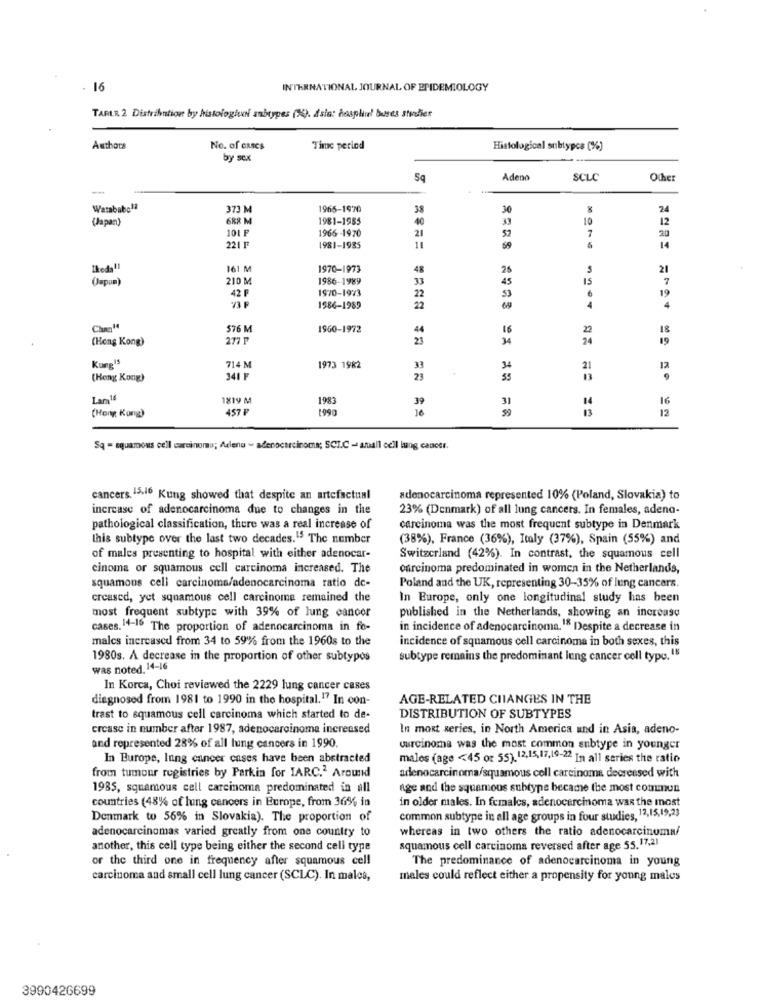
16
INTERNATIONAL JOURNAL OF EPIDEMIOLOGY
TARLR 2 Distribution by histologieal subtypes (24). dsis: hosplu' buses studier
Authors
No. of cases
Time period
Histological subtypes (%)
by sex
Sq
Adeno
SCLC
Other
-
Watababc1ª
373 M
1965-1970
38
30
8
24
(Japan)
688 M
1981-1955
40
33
10
12
101
1966 -1970
21
7
20
52
14
2211
1981-1985
11
6
Ikeda !!
161 M
1970-1973
48
26
5
21
(Japan)
210 M
1986-1989
33
45
15
7
42 F
1970-1923
19
22
22
53
6
1986-1989
69
Chaz14
576 M
1960-1972
44
16
18
(Hong Kong)
277 1
23
34
19
Kuppª
714 M
1973 1982
33
34
21
12
(Hong Kong)
341
23
55
Lam18
1819 M
39
31
14
16
(Hong Kong)
457
1990
10
13
12
Sq = squamous cell carcinoma; Alena - adenocarcinoma; SCI.C - small cell lung cancer.
cancers. 15.16 Kung showed that despite an artefactual
adenocarcinoma represented 10% (Poland, Slovakia) to
increase of adenocarcinoma due to changes in the
23% (Denmark) of all lung cancers. In females, adeno-
pathological classification, there was a real increase of
carcinoma was the most frequent subtype in Denmark
this subtype over the last two decades." The number
(38%), France (36%), Italy (37%), Spain (55%) and
of males presenting to hospital with either adenocar-
Switzerland (42%). In contrast, the squamous cell
cinoma or squamous cell carcinoma increased. The
Carcinoma predominated in women in the Netherlands,
squamous cell carcinoma/adenocarcinoma ratio de-
Poland and the UK, representing 30-35% of lung cancers.
creased, yet squamous cell carcinoma remained the
In Europe, only one longitudinal study has been
most frequent subtype with 39% of lung cancer
published in the Netherlands, showing an increase
cases. 14-16 The proportion of adenocarcinoma in fo-
in incidence of adenocarcinoma.18 Despite a decrease in
malcs increased from 34 to 59% from the 1960s to the
incidence of squamous cell carcinoma in both sexes, this
1980s. A decrease in the proportion of other subtypos
subtype remains the predominant lung cancer cell type. 18
was noted. 14-16
In Korea, Choi reviewed the 2229 lung cancer cases
diagnosed from 1981 to 1990 in the hospital.17 In con-
AGE-RELATED CHANGES IN THE
trast to squamous cell carcinoma which started to de-
DISTRIBUTION OF SUBTYPES
crease in number after 1987, adenocarcinoma increased
In most series, in North America und in Asia, adeno-
and represented 28% of all lung cancers in 1990.
carcinoma was the most common subtype in younger
In Europe, lung cancer cases have been abstracted
males (age <45 or 55). 12,15,17,19-22 In all series the ratio
from tumour registries by Parkin for IARC.2 Around
adenocarcinoma/squamous cell carcinoma decreased with
1985, squamous cell carcinoma predominated in all
age and the squamous subtype became the most commun
countries (48% of lung cancers in Europe, from 36% in
in older males. In females, adenocarcinoma was the most
Denmark to 56% in Slovakia). The proportion of
common subtype in all age groups in four studies, 12,15,19,23
adenocarcinomas varied greatly from one country to
whereas in two others the ratio adenocarcinoma/
another, this cell type being either the second cell type
squamous cell carcinoma reversed after age 55.17,21
or the third one in frequency after squamous cell
The predominance of adenocarcinoma in young
carcinoma and small cell lung cancer (SCLC). In males,
males could reflect either a propensity for young males
3990426699